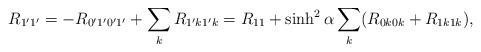
LaTeX: \begin{align*}R_{1'1'} = -R_{0'1'0'1'} + \sum_k R_{1'k1'k} = R_{11} + \sinh^2\alpha\sum_k (R_{0k0k} + R_{1k1k}),\end{align*}